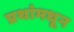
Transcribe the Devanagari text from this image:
प्रथांमधून